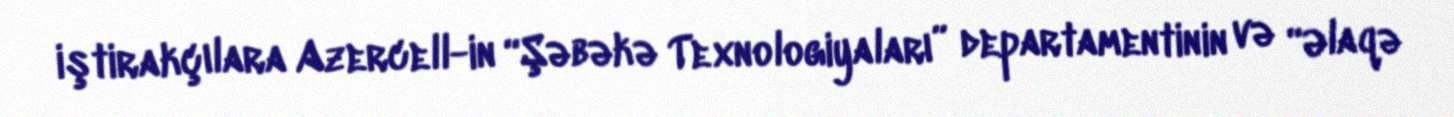
iştirakçılara Azercell-in “Şəbəkə Texnologiyaları” departamentinin və “Əlaqə